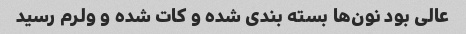
عالی بود نون‌ها بسته بندی شده و کات شده و ولرم رسید